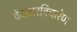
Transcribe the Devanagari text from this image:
वेदाक्षरविचारेण